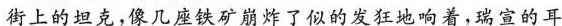
街上的坦克，像几座铁矿崩炸了似的发狂地响着，瑞宣的耳